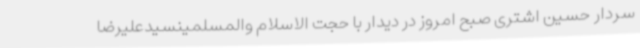
سردار حسین اشتری صبح امروز در دیدار با حجت الاسلام والمسلمینسیدعلیرضا